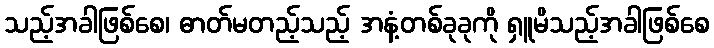
သည့်အခါဖြစ်စေ၊ ဓာတ်မတည့်သည့် အနံ့တစ်ခုခုကို ရှူမိသည့်အခါဖြစ်စေ